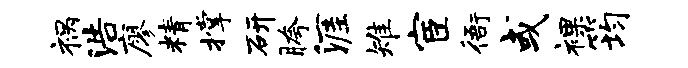
祸浩廖精撑研胯涯雉宦衙或裸筠